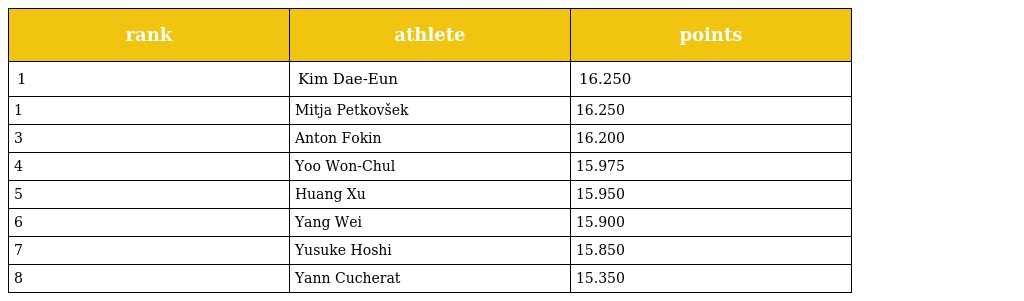
| rank | athlete | points |
 | --- | --- | --- |
 | 1 | Kim Dae-Eun | 16.250 |
 | 1 | Mitja Petkovšek | 16.250 |
 | 3 | Anton Fokin | 16.200 |
 | 4 | Yoo Won-Chul | 15.975 |
 | 5 | Huang Xu | 15.950 |
 | 6 | Yang Wei | 15.900 |
 | 7 | Yusuke Hoshi | 15.850 |
 | 8 | Yann Cucherat | 15.350 |